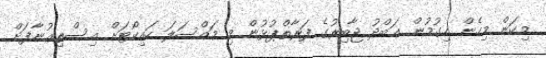
މިކަން މިހެން ހިގުމުން ޢަބްދު ޖާބިރުގެ ފަރާތްޕުޅުން މި މައްސަލަ ހައިކޯޓަށް އިސްތިޢުނާފަށް